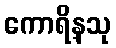
ကောရိန္သု